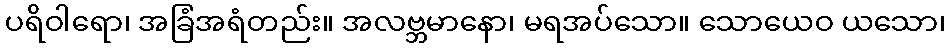
ပရိဝါရော၊ အခြံအရံတည်း။ အလဗ္ဘမာနော၊ မရအပ်သော။ သောယေဝ ယသော၊